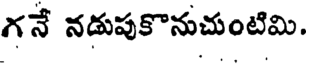
గనే నడుపుకొనుచుంటిమి.